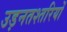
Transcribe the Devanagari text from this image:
उड़नतश्तरियों